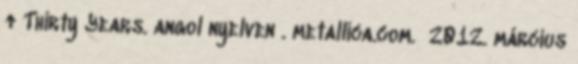
↑ Thirty Years. angol nyelven . metallica.com. 2012. március